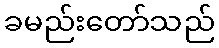
ခမည်းတော်သည်